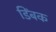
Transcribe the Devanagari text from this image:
डिंबक